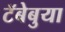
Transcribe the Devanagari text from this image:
टॅबेबुया